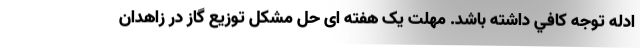
ادله توجه كافي داشته باشد. مهلت یک هفته ای حل مشکل توزیع گاز در زاهدان